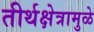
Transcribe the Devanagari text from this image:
तीर्थक्षेत्रामुळे